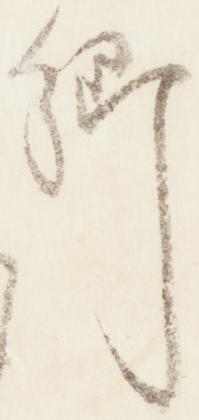
卿